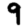
Digit: 9